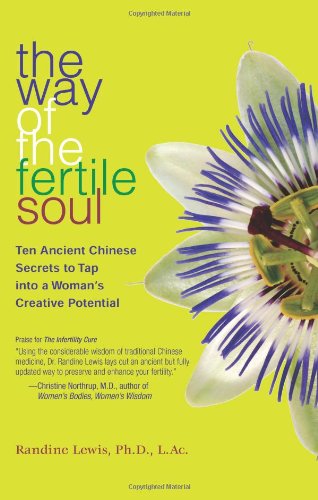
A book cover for The Way of the Fertile Soul: Ten Ancient Chinese Secrets to Tap into a Woman's Creative Potential; Randine Lewis Ph.D.  L.Ac.; Parenting & Relationships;